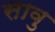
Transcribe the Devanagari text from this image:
सावु